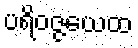
ပရိဝဇ္ဇယေထ